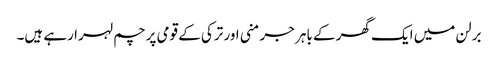
برلن میں ایک گھر کے باہر جرمنی اور ترکی کے قومی پرچم لہرا رہے ہیں۔